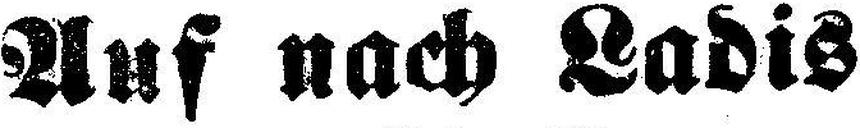
Auf nach Ladis